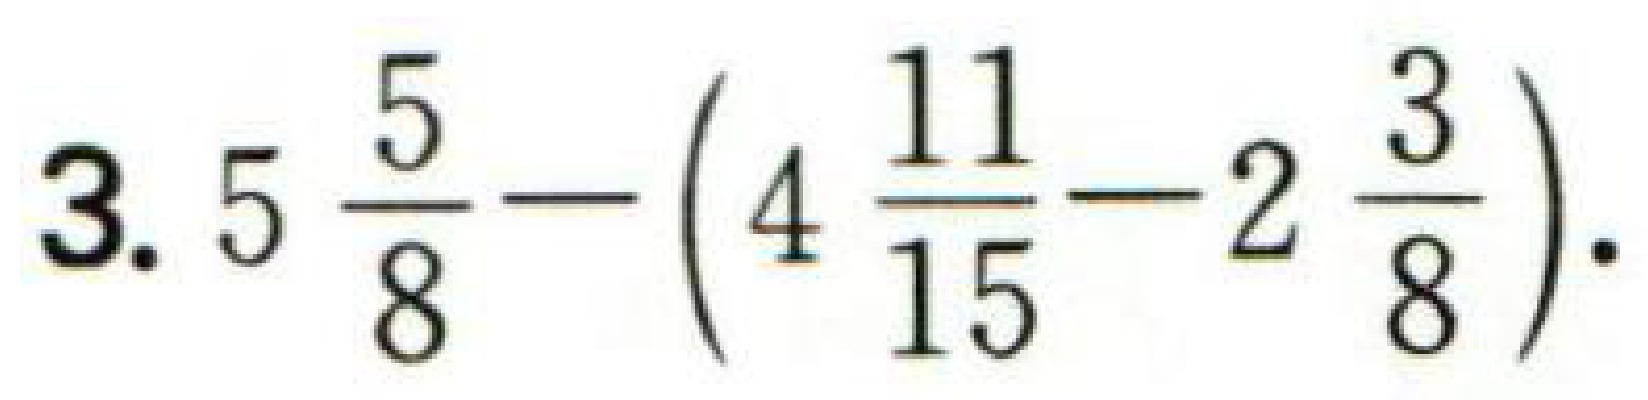
3. \(5\frac{5}{8}-\left(4\frac{11}{15}-2\frac{3}{8}\right)\).